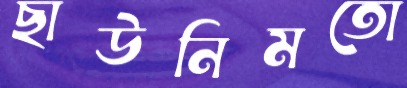
ছাউনিমতো